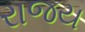
રાજય